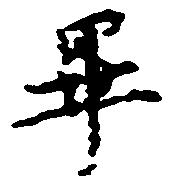
畢